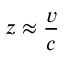
z \approx { \frac { v } { c } }